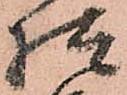
様